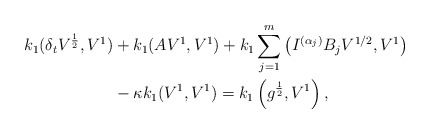
\begin{align*} k_1(\delta_tV^{\frac{1}{2}}, V^{1}) & + k_1 (AV^{1}, V^{1}) + k_1 \sum\limits_{j=1}^{m} \left(I^{(\alpha_j)}B_jV^{1/2}, V^{1}\right) \\ & - \kappa k_1 (V^1,V^{1}) = k_1\left(g^{\frac{1}{2}},V^{1}\right), \end{align*}